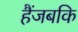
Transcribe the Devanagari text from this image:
हैंजबकि